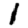
Digit: 1